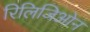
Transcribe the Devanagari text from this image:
रिलिजिओन